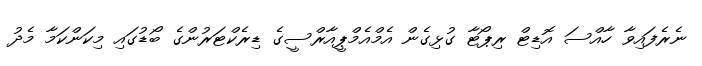
ނެރެފައިވާ ހާއްސަ އޮޑިޓް ރިޕޯޓާ ގުޅިގެން އެމްއެމްޕީއާރްސީގެ ޑިރެކްޓަރުންގެ ބޯޑުގައި މިކަންކަމާ މެދު